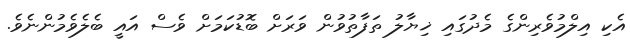
އެކި އިލްމުވެރިންގެ މެދުގައި ޚިޔާލު ތަފާތުވުން ވަރަށް ބޮޑުކަމަށް ވެސް އައީ ބެލެވެމުންނެވެ.